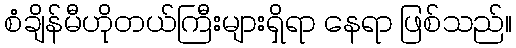
စံချိန်မီဟိုတယ်ကြီးများရှိရာ နေရာ ဖြစ်သည်။